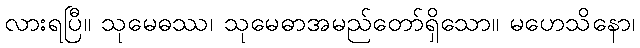
လားရပြီ။ သုမေဓဿ၊ သုမေဓာအမည်တော်ရှိသော။ မဟေသိနော၊